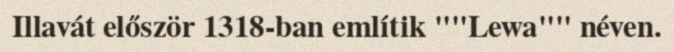
Illavát először 1318-ban említik ""Lewa"" néven.